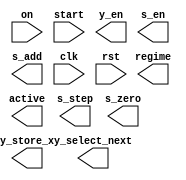
//             .
//          .   .
//          .   .
//       "reg"   .
module control_path(on, start, regime, active, y_select_next, s_step, y_en, s_en, y_store_x, s_add, s_zero, clk, rst /* , ... (    */);
  input [1:0] on;
  input start, clk, rst;
  output /* reg */ [1:0] regime;
  output /* reg */ active;
  output /* reg */ [1:0] y_select_next;
  output /* reg */ [1:0] s_step;
  output /* reg */ y_en;
  output /* reg */ s_en;
  output /* reg */ y_store_x;
  output /* reg */ s_add;
  output /* reg */ s_zero;
  
  /*     */
  
  /*    */
endmodule